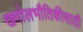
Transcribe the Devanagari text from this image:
खगोलभौतिकीसाठी